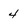
Character: 4